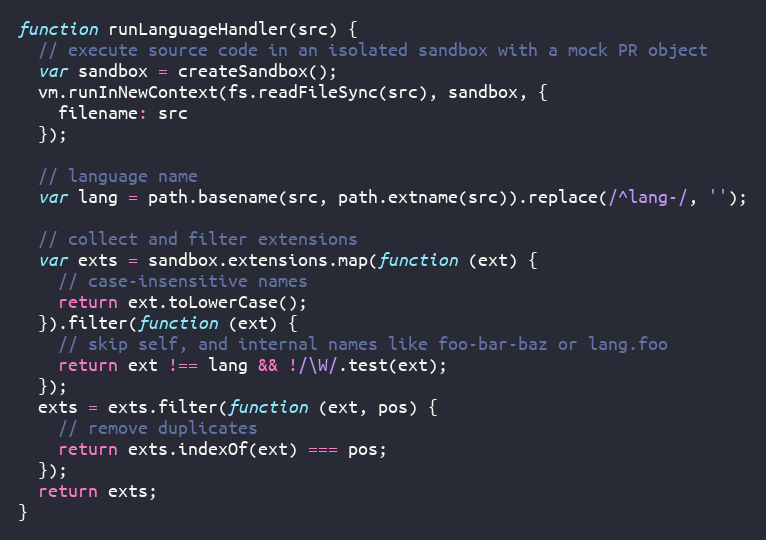
Language: JavaScript
function runLanguageHandler(src) {
  // execute source code in an isolated sandbox with a mock PR object
  var sandbox = createSandbox();
  vm.runInNewContext(fs.readFileSync(src), sandbox, {
    filename: src
  });

  // language name
  var lang = path.basename(src, path.extname(src)).replace(/^lang-/, '');

  // collect and filter extensions
  var exts = sandbox.extensions.map(function (ext) {
    // case-insensitive names
    return ext.toLowerCase();
  }).filter(function (ext) {
    // skip self, and internal names like foo-bar-baz or lang.foo
    return ext !== lang && !/\W/.test(ext);
  });
  exts = exts.filter(function (ext, pos) {
    // remove duplicates
    return exts.indexOf(ext) === pos;
  });
  return exts;
}